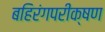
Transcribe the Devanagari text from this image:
बहिरंगपरीक्षण